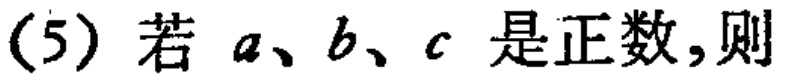
(5) 若 \(a、b、c\) 是正数,则